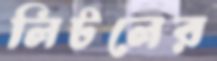
লিটলের